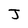
Character: J